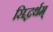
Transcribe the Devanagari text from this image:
सिद्धर्थम्